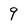
Character: 9